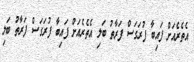
އެތެރެއަށް ފައިބާ ފުރަގަސް ފަރާތު ބަލި އެތެރެއަށް ފައިބާ ފުރަގަސް ފަރާތު ބަލި